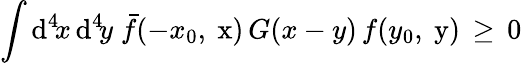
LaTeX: \int\mathrm{d}^{4}\! x\, \mathrm{d}^{4}\! y\; \bar{{f}}(-x_{0},\mathrm{{\mathbf{~}x}})\, G(x-y)\, f(y_{0},\mathrm{{\mathbf{~}y}})\, \ge\, 0